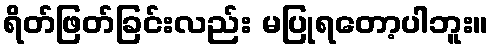
ရိတ်ဖြတ်ခြင်းလည်း မပြုရတော့ပါဘူး။